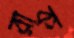
রাক